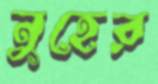
নুহের